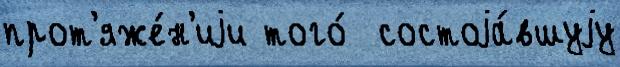
прот'яже́н'иjи того́  состоjа́вшуjу